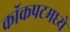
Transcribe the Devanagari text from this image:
कॉकपटमध्ये